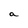
Character: a